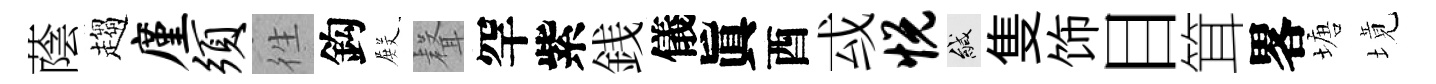
蔭趨廑须徃鈎𭮺𮋻罕紫銭儀眞酉㦯悦緘隻饰目䇯畧塘境